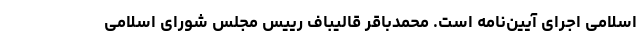
اسلامی اجرای آیین‌نامه است. محمدباقر قالیباف رییس مجلس شورای اسلامی